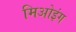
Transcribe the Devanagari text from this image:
मिओइंग